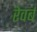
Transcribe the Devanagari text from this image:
रेवर्ब